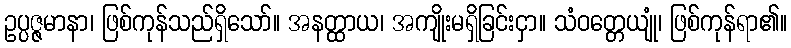
ဥပ္ပဇ္ဇမာနာ၊ ဖြစ်ကုန်သည်ရှိသော်။ အနတ္ထာယ၊ အကျိုးမရှိခြင်းငှာ။ သံဝတ္တေယျုံ၊ ဖြစ်ကုန်ရာ၏။